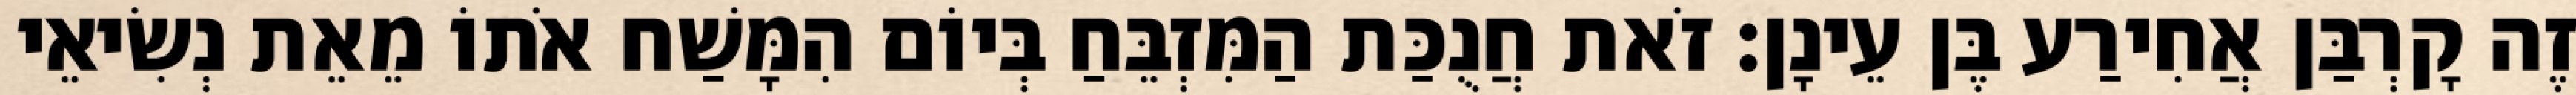
זֶה קָרְבַּן אֲחִירַע בֶּן עֵינָן׃ זֹאת חֲנֻכַּת הַמִּזְבֵּחַ בְּיוֹם הִמָּשַׁח אֹתוֹ מֵאֵת נְשִׂיאֵי